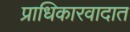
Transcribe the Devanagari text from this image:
प्राधिकारवादात